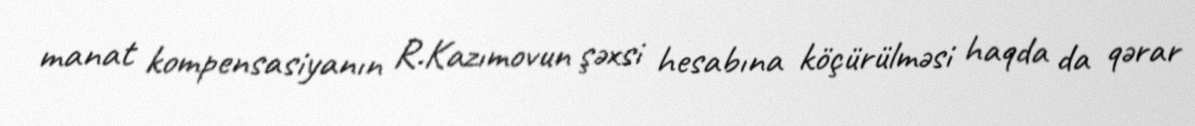
manat kompensasiyanın R.Kazımovun şəxsi hesabına köçürülməsi haqda da qərar